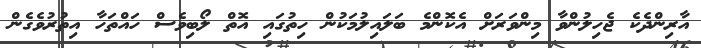
އާރިންދެކެ ޖެހިލުންވާ މިންވަރަށް އެކޮންމެ ބަލައިލުމަކުން ހިތުގައި އޮތް ލޯބިވެސް ހައްތަހާ އިތުރުވެގެން